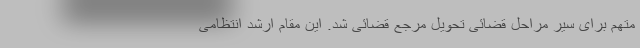
متهم برای سیر مراحل قضائی تحویل مرجع قضائی شد. این مقام ارشد انتظامی